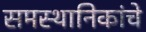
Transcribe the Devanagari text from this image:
समस्थानिकांचे